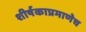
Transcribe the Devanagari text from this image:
शीर्षकाप्रमाणेच